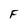
Character: F